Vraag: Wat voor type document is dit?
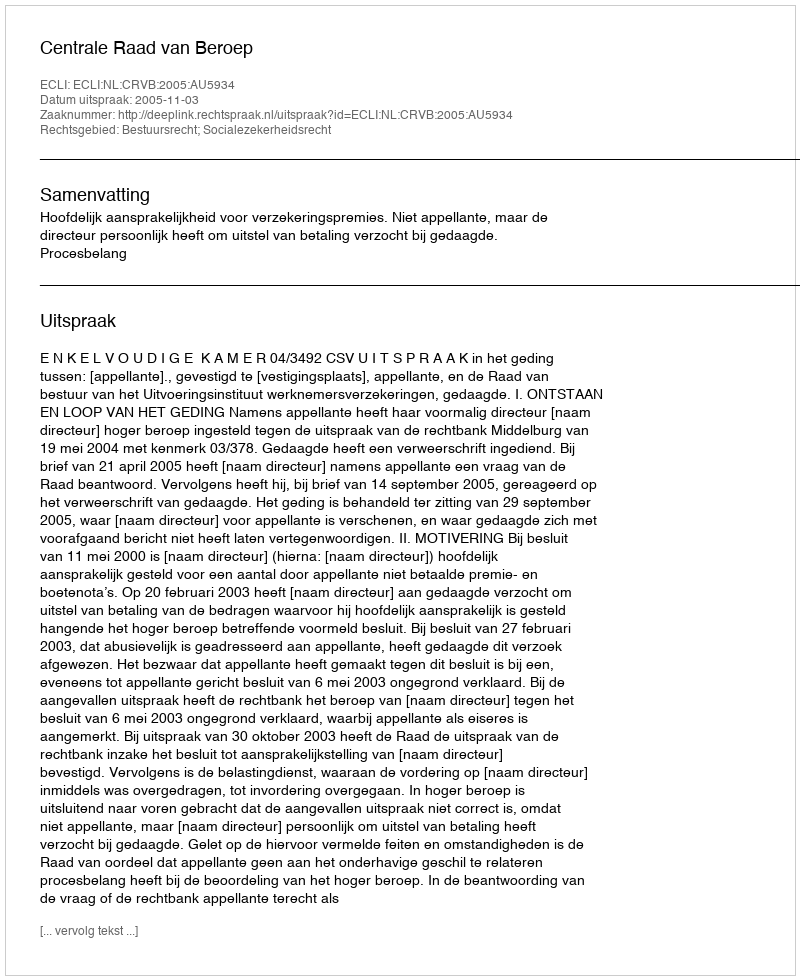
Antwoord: Uitspraak